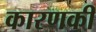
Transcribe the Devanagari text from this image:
कारणकी